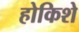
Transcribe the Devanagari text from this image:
होकिशे